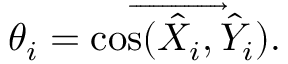
\theta _ { i } = \cos ( \overrightarrow { \hat { X } _ { i } , \hat { Y } _ { i } } ) .